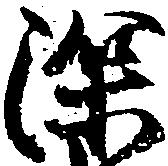
深